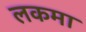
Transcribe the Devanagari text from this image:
लकमा